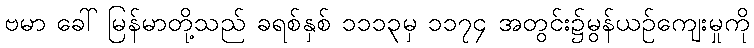
ဗမာ ခေါ် မြန်မာတို့သည် ခရစ်နှစ် ၁၁၁၃မှ ၁၁၇၄ အတွင်း၌မွန်ယဉ်ကျေးမှုကို